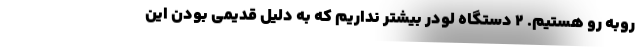
روبه رو هستیم. ۲ دستگاه لودر بیشتر نداریم که به دلیل قدیمی بودن این